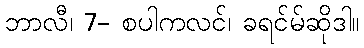
ဘာလီ၊ 7- စပါကလင်၊ ခရင်မ်ဆိုဒါ။